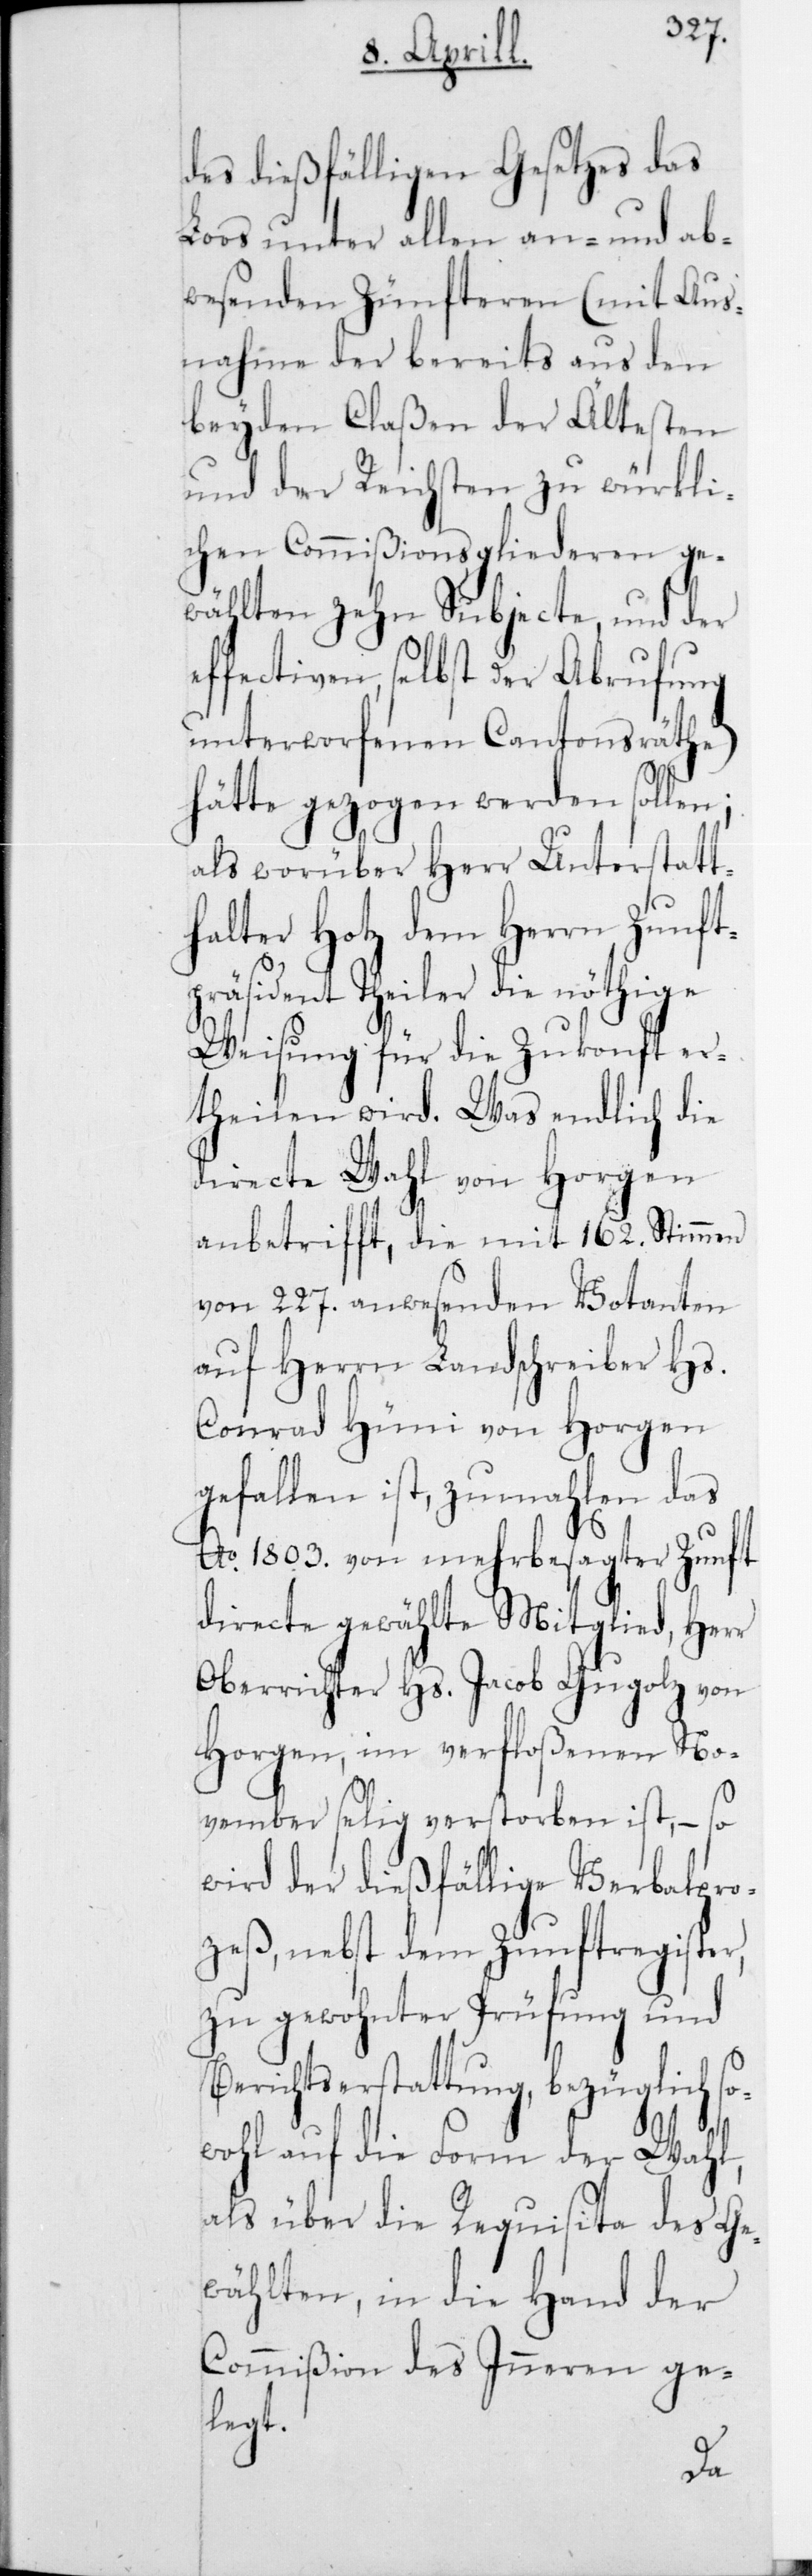
des dießfälligen Gesetzes das
Loos unter allen an- und ab¬
wesenden Zünfteren (mit Aus¬
nahme der bereits aus den
beyden Claßen der Ältesten
und der Reichsten zu würkli¬
chen Commißionsgliederen ge¬
wählten zehn Subjecte, und der
effectiven, selbst der Abrufung
unterworfenen Cantonsräthe)
hätte gezogen werden sollen;
als worüber Herr Unterstatt¬
halter Hotz dem Herrn Zunft¬
präsident Theiler die nöthige
Weisung für die Zukonft er¬
theilen wird. Was endlich die
directe Wahl von Horgen
anbetrifft, die mit 162 Stimmen
von 227 anwesenden Votanten
auf Herrn Landschreiber Hs.
Conrad Hüni von Horgen
gefallen ist, zumahlen das
Ao 1803 von mehrbesagter Zunft
directe gewählte Mitglied, Herr
Oberrichter Hs. Jacob Gugolz von
Horgen, im verfloßenen No¬
vember selig verstorben ist, – so
wird der dießfällige Verbalpro¬
zeß, nebst dem Zunftregister,
zu gewohnter Prüfung und
Berichtserstattung, bezüglich so¬
wohl auf die Form der Wahl,
als über die Requisita des Ge¬
wählten, in die Hand der
Commißion des Innern ge¬
legt.